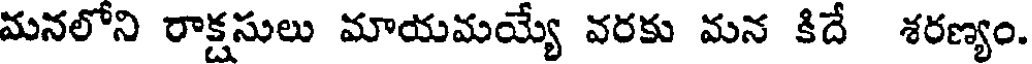
మనలోని రాక్షసులు మాయమయ్యే వరకు మన కిదే శరణ్యం.